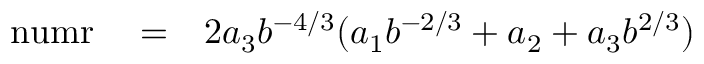
\begin{array} { r l r } { \mathrm { n u m r } } & { { } = } & { 2 a _ { 3 } b ^ { - 4 / 3 } ( a _ { 1 } b ^ { - 2 / 3 } + a _ { 2 } + a _ { 3 } b ^ { 2 / 3 } ) } \end{array}